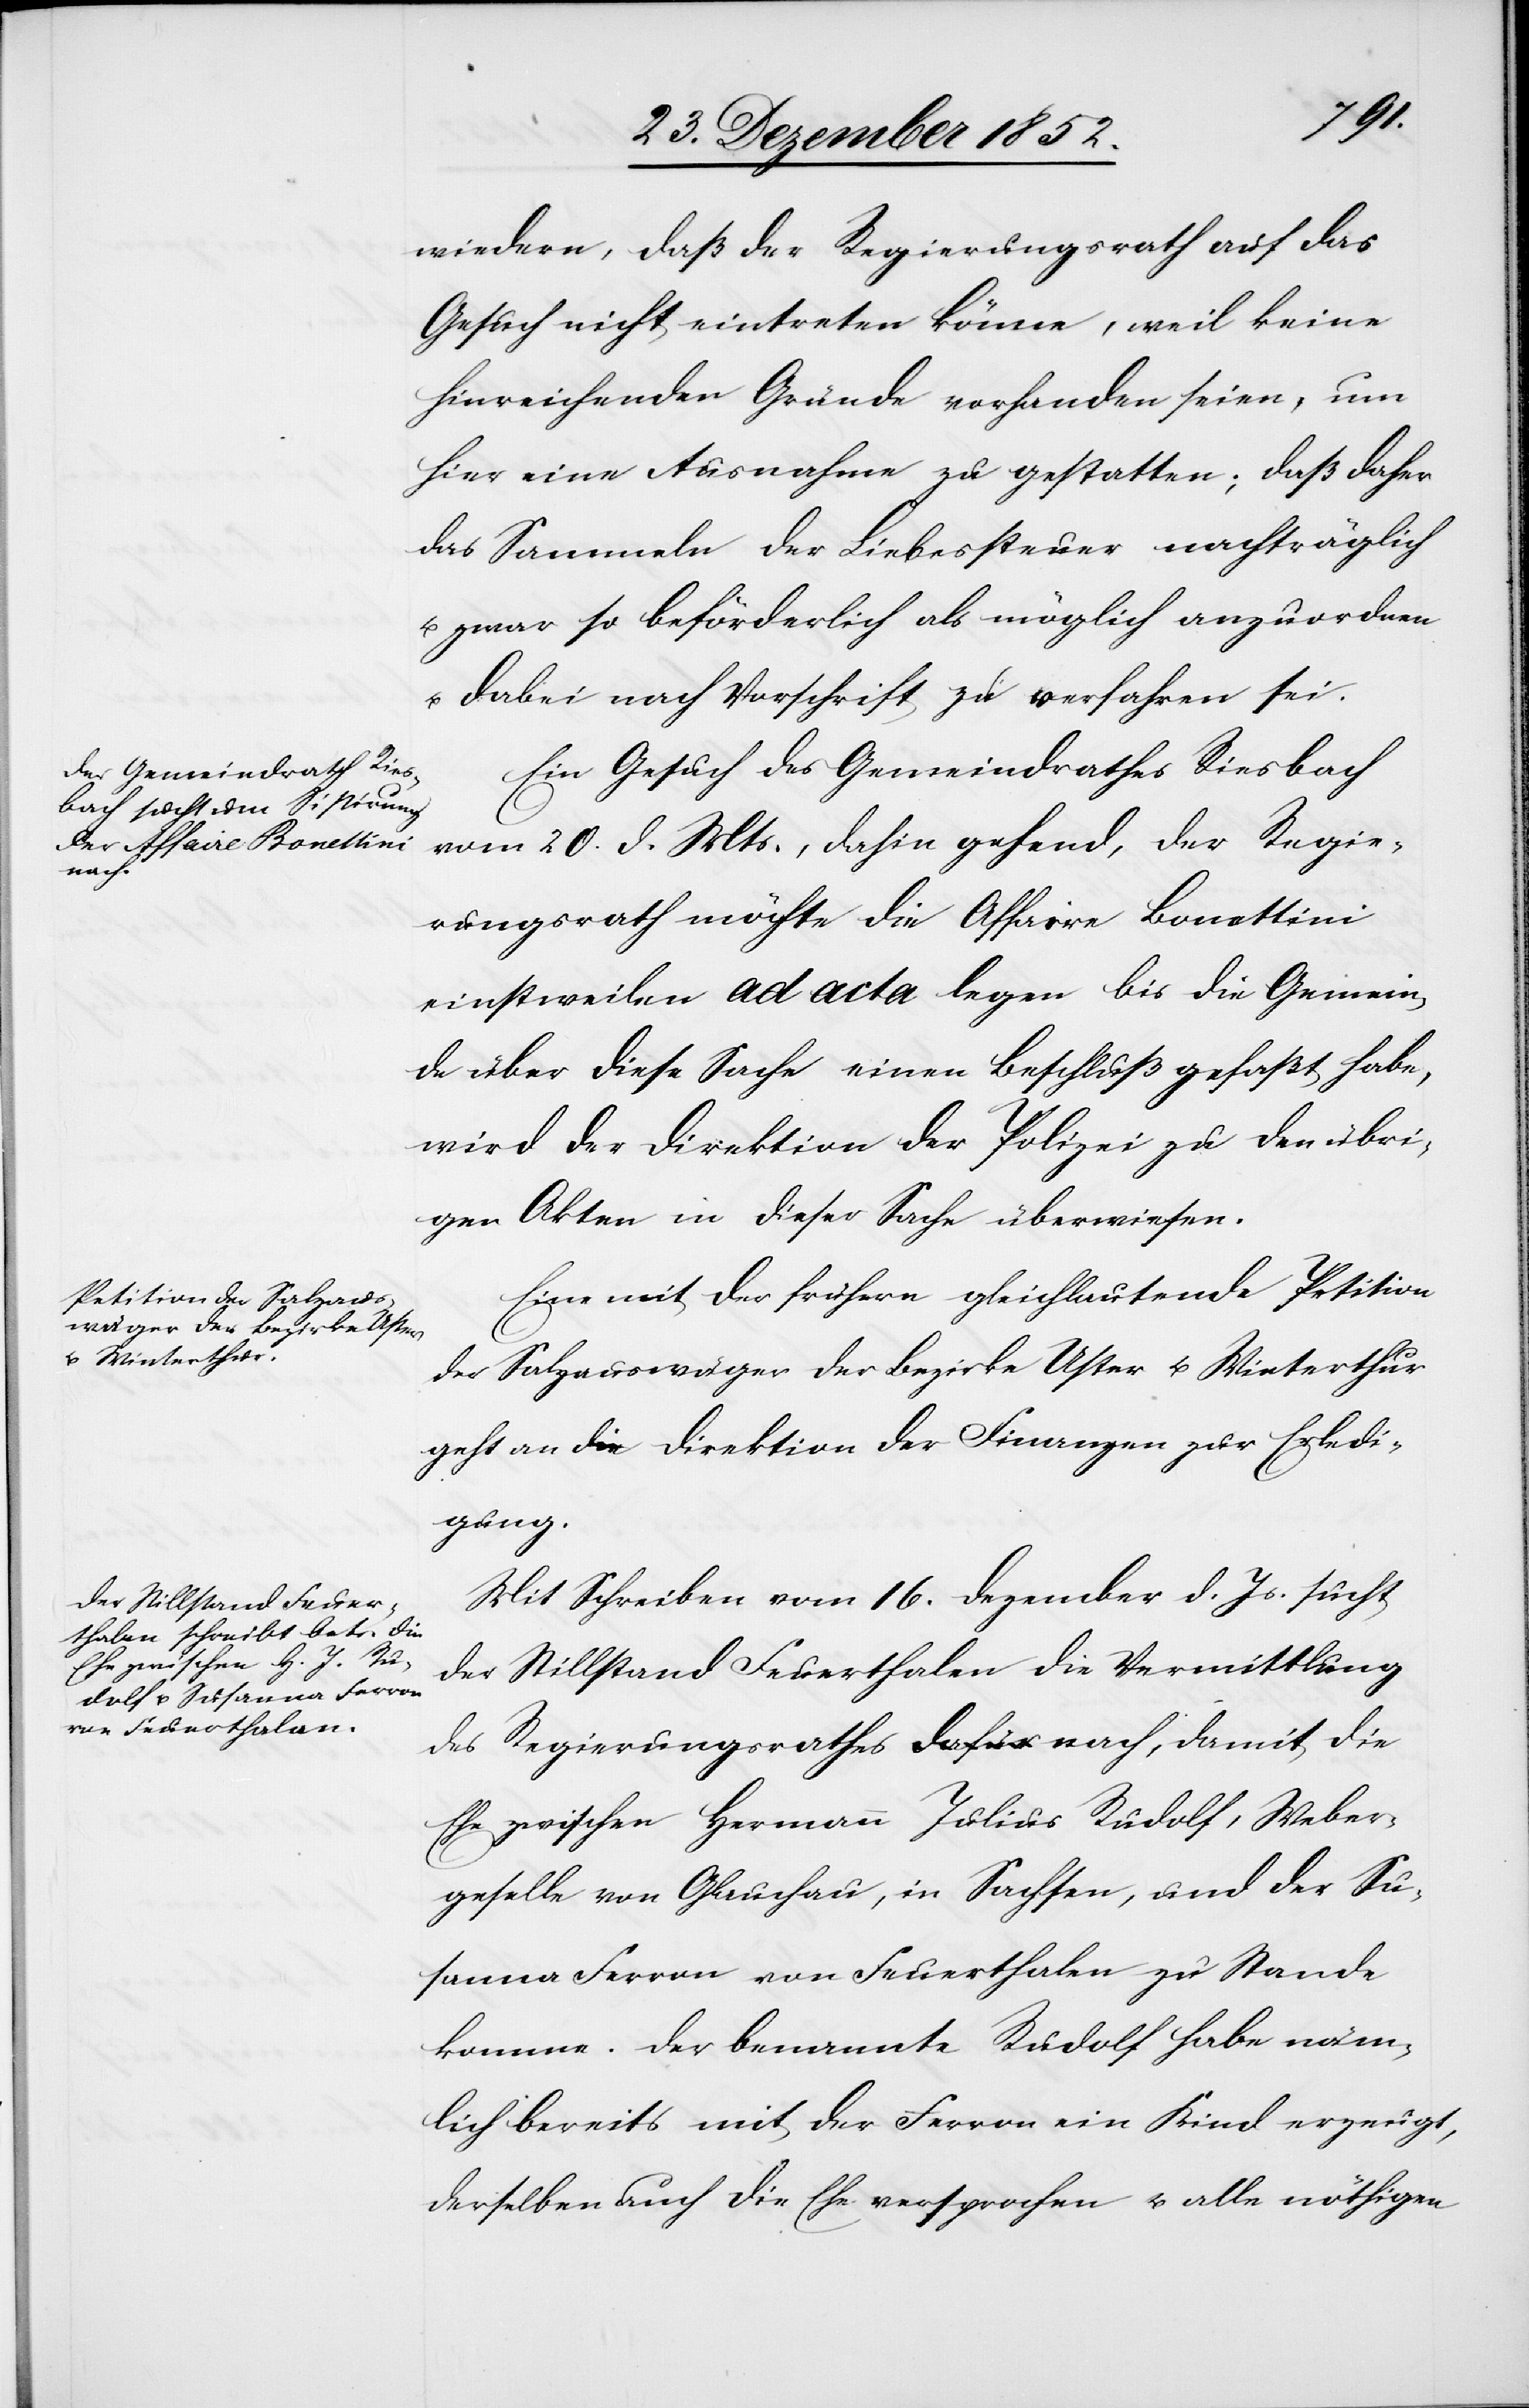
wiedern, daß der Regierungsrath auf das
Gesuch nicht eintreten könne, weil keine
hinreichenden Gründe vorhanden seien, um
hier eine Ausnahme zu gestatten; daß daher
das Sammeln der Liebessteuer nachträglich
u. zwar so beförderlich als möglich anzuordnen
u. dabei nach Vorschrift zu verfahren sei.
Ein Gesuch des Gemeindrathes Riesbach
vom 20. d. Mts., dahin gehend, der Regie¬
rungsrath möchte die Affaire Bonettini
einstweilen ad acta legen bis die Gemein¬
de über diese Sache einen Beschluß gefaßt habe,
wird der Direktion der Polizei zu den übri¬
gen Akten in dieser Sache überwiesen.
Eine mit der frühern gleichlautende Petition
der Salzauswäger der Bezirke Uster u. Winterthur
geht an die Direktion der Finanzen zur Erledi¬
gung.
Mit Schreiben vom 16. Dezember d. Js. sucht
der Stillstand Feuerthalen die Vermittlung
des Regierungsrathes a-dafür-a nach, damit die
Ehe zwischen Hermann Julius Rudolf, Weber¬
geselle von Glauchau, in Sachsen, und der Su¬
sanna Ferron von Feuerthalen zu Stande
komme. Der benannte Rudolf habe näm¬
lich bereits mit der Ferron ein Kind erzeugt,
derselben auch die Ehe versprochen u. alle nöthigen